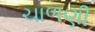
ચાળણી